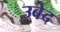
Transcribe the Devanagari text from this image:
उबेद